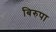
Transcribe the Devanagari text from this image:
बिरुपा